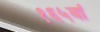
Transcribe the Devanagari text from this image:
१६५वां